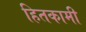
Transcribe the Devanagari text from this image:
हितकामी